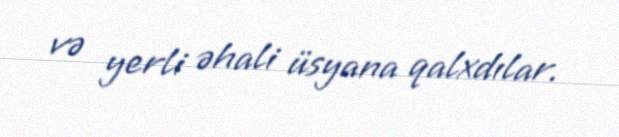
və yerli əhali üsyana qalxdılar.